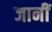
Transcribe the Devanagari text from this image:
जानीं